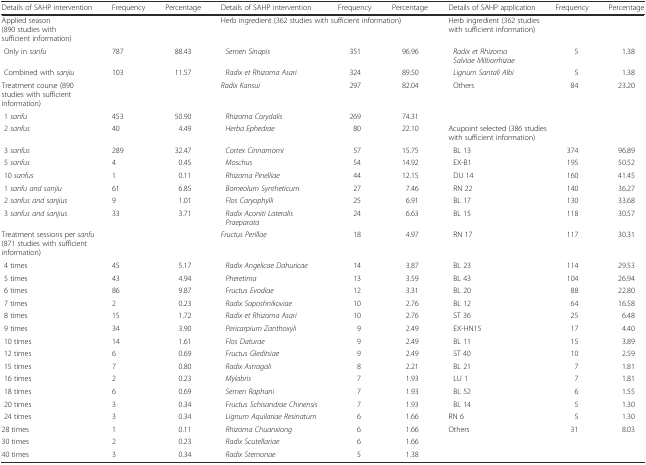
<table><thead><tr><td><b>Details of SAHP intervention</b></td><td><b>Frequency</b></td><td><b>Percentage</b></td><td><b>Details of SAHP intervention</b></td><td><b>Frequency</b></td><td><b>Percentage</b></td><td><b>Details of SAHP application</b></td><td><b>Frequency</b></td><td><b>Percentage</b></td></tr></thead><tbody><tr><td colspan="3">Applied season (890 studies with sufficient information)</td><td colspan="3">Herb ingredient (362 studies with sufficient information)</td><td colspan="3">Herb ingredient (362 studies with sufficient information)</td></tr><tr><td> Only in <i>sanfu</i></td><td>787</td><td>88.43</td><td><i> Semen Sinapis</i></td><td>351</td><td>96.96</td><td><i> Radix et Rhizoma Salviae Miltiorrhizae</i></td><td>5</td><td>1.38</td></tr><tr><td> Combined with <i>sanjiu</i></td><td>103</td><td>11.57</td><td><i> Radix et Rhizoma Asari</i></td><td>324</td><td>89.50</td><td><i> Lignum Santali Albi</i></td><td>5</td><td>1.38</td></tr><tr><td colspan="3">Treatment course (890 studies with sufficient information)</td><td><i>Radix Kansui</i></td><td>297</td><td>82.04</td><td> Others</td><td>84</td><td>23.20</td></tr><tr><td> 1 <i>sanfu</i></td><td>453</td><td>50.90</td><td><i> Rhizoma Corydalis</i></td><td>269</td><td>74.31</td><td></td><td></td><td></td></tr><tr><td> 2 <i>sanfus</i></td><td>40</td><td>4.49</td><td><i> Herba Ephedrae</i></td><td>80</td><td>22.10</td><td colspan="3">Acupoint selected (386 studies with sufficient information)</td></tr><tr><td> 3 <i>sanfus</i></td><td>289</td><td>32.47</td><td><i> Cortex Cinnamomi</i></td><td>57</td><td>15.75</td><td> BL 13</td><td>374</td><td>96.89</td></tr><tr><td> 5 <i>sanfus</i></td><td>4</td><td>0.45</td><td><i> Moschus</i></td><td>54</td><td>14.92</td><td> EX-B1</td><td>195</td><td>50.52</td></tr><tr><td> 10 <i>sanfus</i></td><td>1</td><td>0.11</td><td><i> Rhizoma Pinelliae</i></td><td>44</td><td>12.15</td><td> DU 14</td><td>160</td><td>41.45</td></tr><tr><td> 1 <i>sanfu and sanjiu</i></td><td>61</td><td>6.85</td><td><i> Borneolum Syntheticum</i></td><td>27</td><td>7.46</td><td> RN 22</td><td>140</td><td>36.27</td></tr><tr><td> 2 <i>sanfus and sanjius</i></td><td>9</td><td>1.01</td><td><i> Flos Caryophylli</i></td><td>25</td><td>6.91</td><td> BL 17</td><td>130</td><td>33.68</td></tr><tr><td> 3 <i>sanfus and sanjius</i></td><td>33</td><td>3.71</td><td><i> Radix Aconiti Lateralis Praeparata</i></td><td>24</td><td>6.63</td><td> BL 15</td><td>118</td><td>30.57</td></tr><tr><td colspan="3">Treatment sessions per <i>sanfu</i> (871 studies with sufficient information)</td><td><i>Fructus Perillae</i></td><td>18</td><td>4.97</td><td> RN 17</td><td>117</td><td>30.31</td></tr><tr><td> 4 times</td><td>45</td><td>5.17</td><td><i> Radix Angelicae Dahuricae</i></td><td>14</td><td>3.87</td><td> BL 23</td><td>114</td><td>29.53</td></tr><tr><td> 5 times</td><td>43</td><td>4.94</td><td><i> Pheretima</i></td><td>13</td><td>3.59</td><td> BL 43</td><td>104</td><td>26.94</td></tr><tr><td> 6 times</td><td>86</td><td>9.87</td><td><i> Fructus Evodiae</i></td><td>12</td><td>3.31</td><td> BL 20</td><td>88</td><td>22.80</td></tr><tr><td> 7 times</td><td>2</td><td>0.23</td><td><i> Radix Saposhnikoviae</i></td><td>10</td><td>2.76</td><td> BL 12</td><td>64</td><td>16.58</td></tr><tr><td> 8 times</td><td>15</td><td>1.72</td><td><i> Radix et Rhizoma Asari</i></td><td>10</td><td>2.76</td><td> ST 36</td><td>25</td><td>6.48</td></tr><tr><td> 9 times</td><td>34</td><td>3.90</td><td><i> Pericarpium Zanthoxyli</i></td><td>9</td><td>2.49</td><td> EX-HN15</td><td>17</td><td>4.40</td></tr><tr><td> 10 times</td><td>14</td><td>1.61</td><td><i> Flos Daturae</i></td><td>9</td><td>2.49</td><td> BL 11</td><td>15</td><td>3.89</td></tr><tr><td> 12 times</td><td>6</td><td>0.69</td><td><i> Fructus Gleditsiae</i></td><td>9</td><td>2.49</td><td> ST 40</td><td>10</td><td>2.59</td></tr><tr><td> 15 times</td><td>7</td><td>0.80</td><td><i> Radix Astragali</i></td><td>8</td><td>2.21</td><td> BL 21</td><td>7</td><td>1.81</td></tr><tr><td> 16 times</td><td>2</td><td>0.23</td><td><i> Mylabris</i></td><td>7</td><td>1.93</td><td> LU 1</td><td>7</td><td>1.81</td></tr><tr><td> 18 times</td><td>6</td><td>0.69</td><td><i> Semen Raphani</i></td><td>7</td><td>1.93</td><td> BL 52</td><td>6</td><td>1.55</td></tr><tr><td> 20 times</td><td>3</td><td>0.34</td><td><i> Fructus Schisandrae Chinensis</i></td><td>7</td><td>1.93</td><td> BL 14</td><td>5</td><td>1.30</td></tr><tr><td> 24 times</td><td>3</td><td>0.34</td><td><i> Lignum Aquilariae Resinatum</i></td><td>6</td><td>1.66</td><td>RN 6</td><td> 5</td><td>1.30</td></tr><tr><td>28 times</td><td>1</td><td>0.11</td><td><i> Rhizoma Chuanxiong</i></td><td>6</td><td>1.66</td><td>Others</td><td> 31</td><td>8.03</td></tr><tr><td>30 times</td><td>2</td><td>0.23</td><td><i> Radix Scutellariae</i></td><td>6</td><td>1.66</td><td></td><td></td><td></td></tr><tr><td>40 times</td><td>3</td><td>0.34</td><td><i> Radix Stemonae</i></td><td>5</td><td>1.38</td><td></td><td></td><td></td></tr></tbody></table>